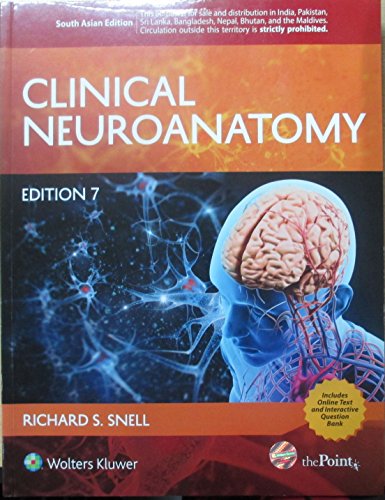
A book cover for Clinical Neuroanatomy - International Edition; Snell; Medical Books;